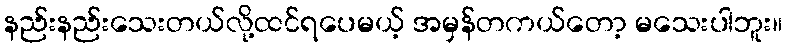
နည်းနည်းသေးတယ်လို့ထင်ရပေမယ့် အမှန်တကယ်တော့ မသေးပါဘူး။